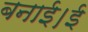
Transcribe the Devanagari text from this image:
बनाई।ई